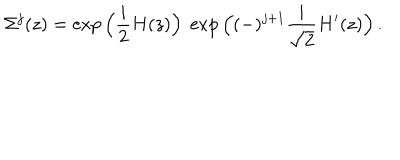
LaTeX: \Sigma ^ { j } ( z ) = \exp \Big ( { \frac { i } { 2 } } H ( z ) \Big ) \; \exp \Big ( ( - ) ^ { j + 1 } { \frac { i } { \sqrt 2 } } { H ^ { \prime } } ( z ) \Big ) \, .